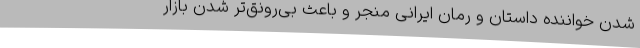
شدن خواننده داستان و رمان ایرانی منجر و باعث بی‌رونق‌تر شدن بازار